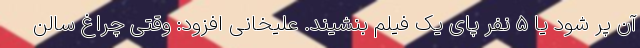
آن پر شود یا ۵ نفر پای یک فیلم بنشیند. علیخانی افزود: وقتی چراغ سالن